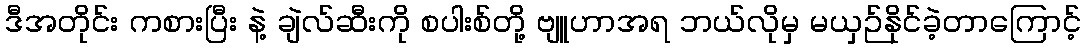
ဒီအတိုင်း ကစားပြီး နဲ့ ချဲလ်ဆီးကို စပါးစ်တို့ ဗျူဟာအရ ဘယ်လိုမှ မယှဉ်နိုင်ခဲ့တာကြောင့်